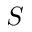
S